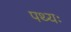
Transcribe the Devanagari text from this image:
पथ्यः